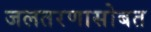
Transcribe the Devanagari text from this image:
जलतरणासोबत